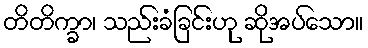
တိတိက္ခာ၊ သည်းခံခြင်းဟု ဆိုအပ်သော။